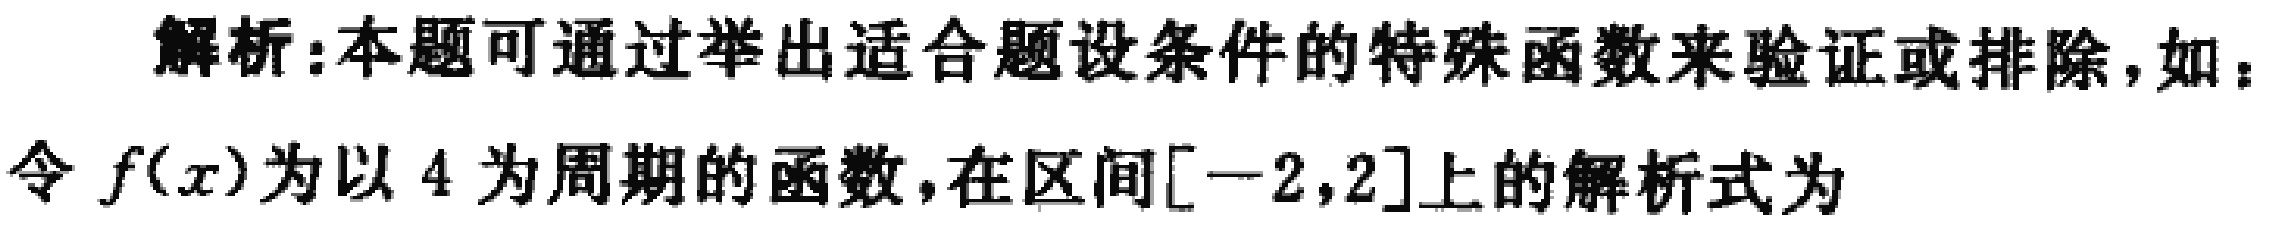
解析:本题可通过举出适合题设条件的特殊函数来验证或排除,如：
令 \(f(x)\) 为以 \(4\) 为周期的函数,在区间\([-2,2]\)上的解析式为